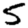
Digit: 5